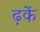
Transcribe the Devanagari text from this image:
ढ़कें